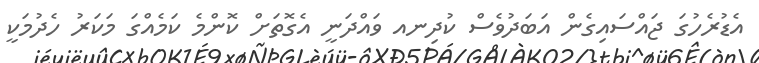
އެޑުރެހުގަ ޖައްސައިގެން އަބަދުވެސް ކުދިނއ ވައްދަނީ އެގޮތަށް ކޮންމެ ކަމެއްގަ މަކަރު ހެދުމަކީ